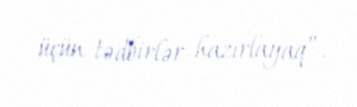
üçün tədbirlər hazırlayaq”.